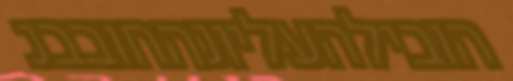
הובילהעליונהחובבנ